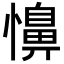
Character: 𢣦